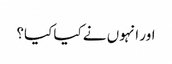
اور انہوں نے کیا کیا؟